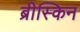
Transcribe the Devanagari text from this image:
ब्रीस्किन